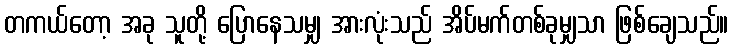
တကယ်တော့ အခု သူတို့ ပြောနေသမျှ အားလုံးသည် အိပ်မက်တစ်ခုမျှသာ ဖြစ်ချေသည်။